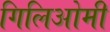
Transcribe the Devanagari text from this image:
गिलिओमी